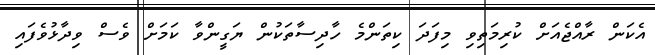
އެކަން ރާއްޖެއަށް ކުރިމަތިވި މިފަދަ ކިތަންމެ ހާދިސާތަކުން ޔަގީންވާ ކަމަށް ވެސް ވިދާޅުވެފައި